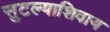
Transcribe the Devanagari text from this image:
सुटल्याशिवाय